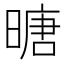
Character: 𪰼